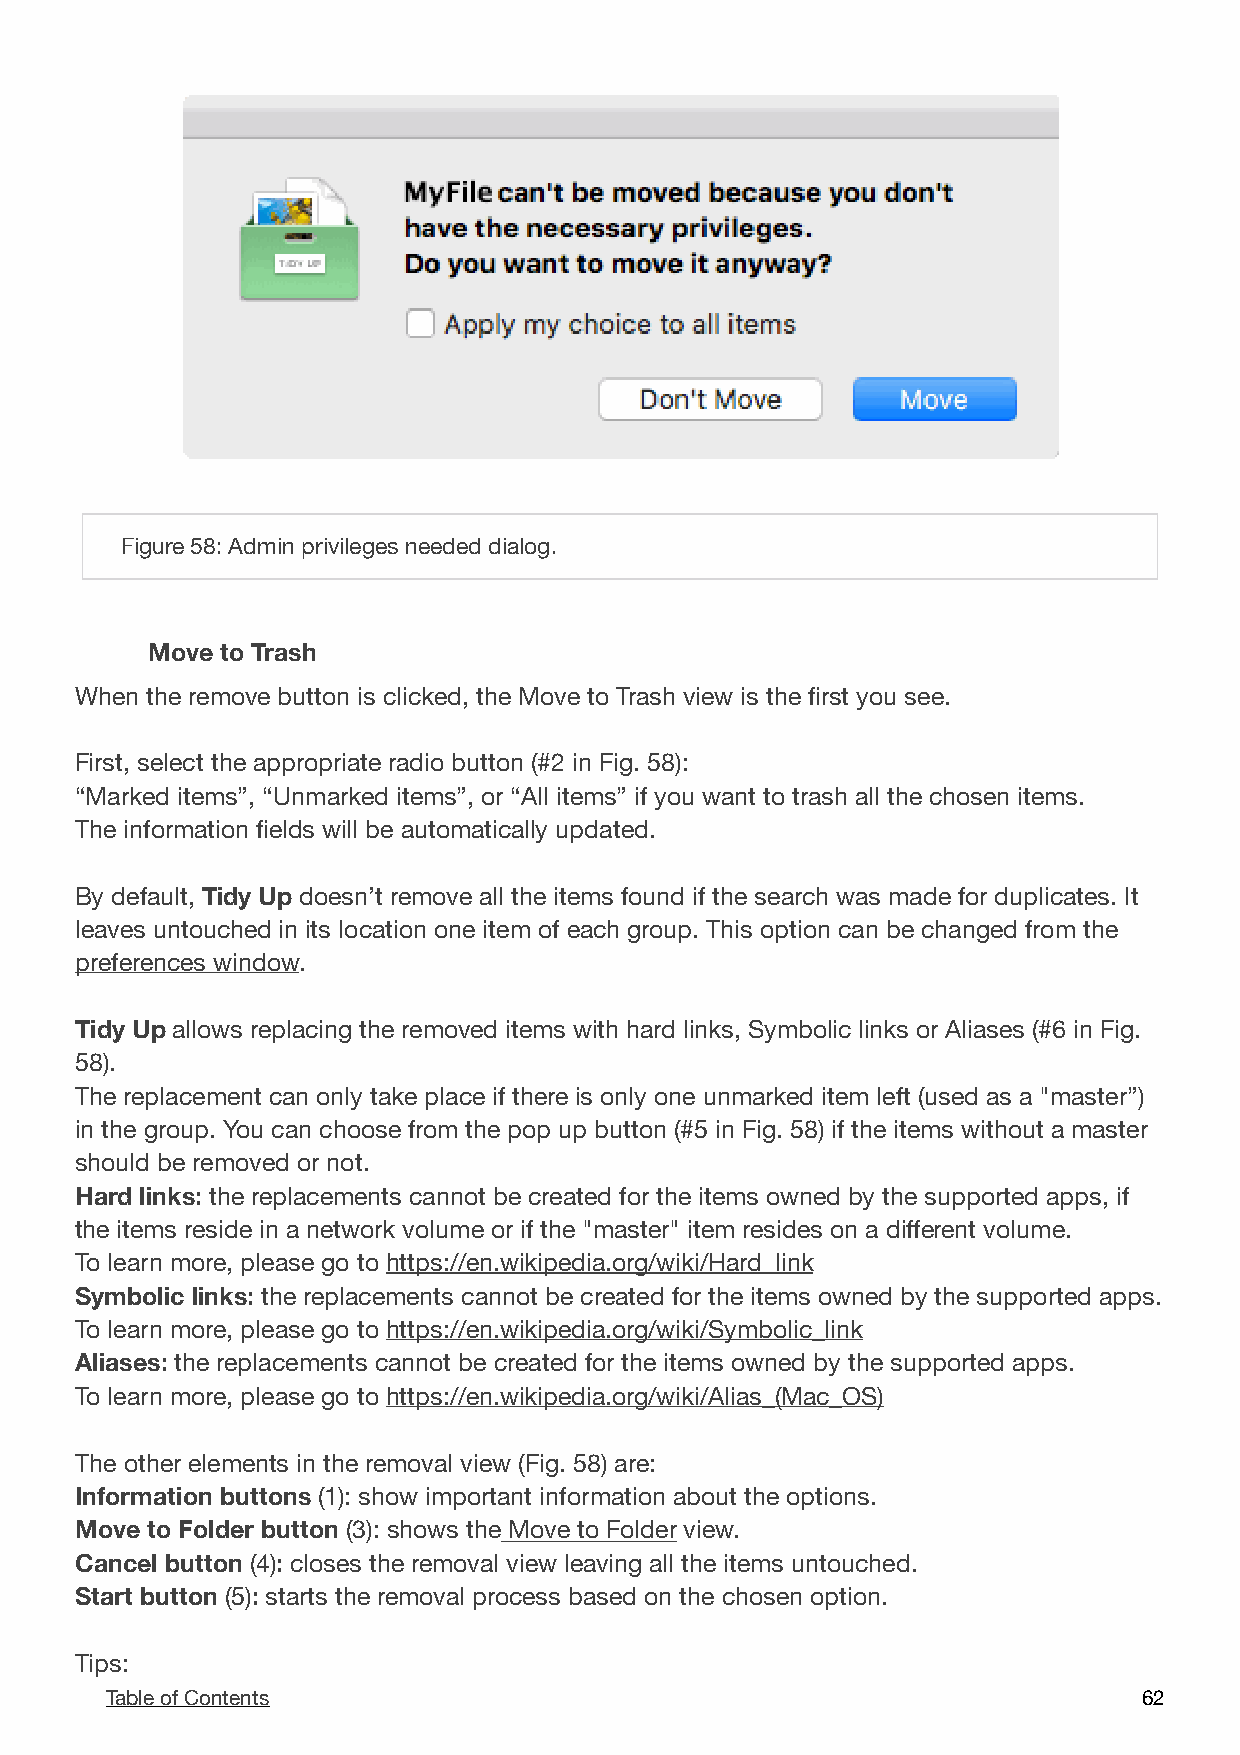
!
 Figure 58: Admin privileges needed dialog.
 Move to Trash
 When the remove button is clicked, the Move to Trash view is the first you see.
 First, select the appropriate radio button (#2 in Fig. 58):
 “Marked items”, “Unmarked items”, or “All items” if you want to trash all the chosen items.
 The information fields will be automatically updated.
 By default, Tidy Up doesn’t remove all the items found if the search was made for duplicates. It
 leaves untouched in its location one item of each group. This option can be changed from the
 preferences window.
 Tidy Up allows replacing the removed items with hard links, Symbolic links or Aliases (#6 in Fig.
 58).
 The replacement can only take place if there is only one unmarked item left (used as a "master”)
 in the group. You can choose from the pop up button (#5 in Fig. 58) if the items without a master
 should be removed or not.
 Hard links: the replacements cannot be created for the items owned by the supported apps, if
 the items reside in a network volume or if the "master" item resides on a different volume.
 To learn more, please go to https://en.wikipedia.org/wiki/Hard_link
 Symbolic links: the replacements cannot be created for the items owned by the supported apps.
 To learn more, please go to https://en.wikipedia.org/wiki/Symbolic_link
 Aliases: the replacements cannot be created for the items owned by the supported apps.
 To learn more, please go to https://en.wikipedia.org/wiki/Alias_(Mac_OS)
 The other elements in the removal view (Fig. 58) are:
 Information buttons (1): show important information about the options.
 Move to Folder button (3): shows the Move to Folder view.
 Cancel button (4): closes the removal view leaving all the items untouched.
 Start button (5): starts the removal process based on the chosen option.
 Tips:
 Table of Contents                                                    6 2